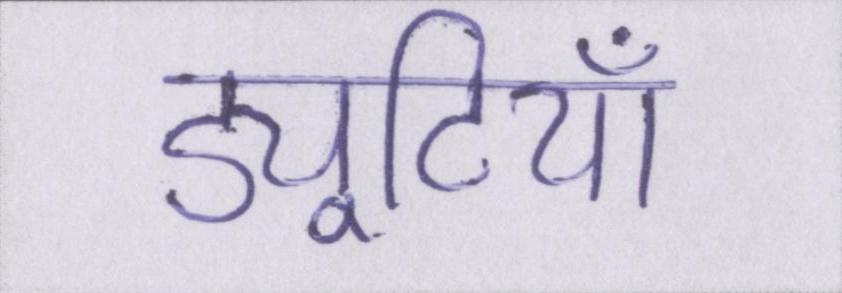
ड्यूटियां